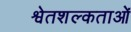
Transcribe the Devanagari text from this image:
श्वेतशल्कताओं